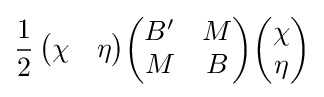
{\frac {1}{2}}\,{\begin{pmatrix}\chi &\eta \end{pmatrix}}{\begin{pmatrix}B'&M\\M&B\end{pmatrix}}{\begin{pmatrix}\chi \\\eta \end{pmatrix}}